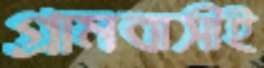
গ্রামবাসীই